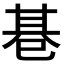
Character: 𢁂